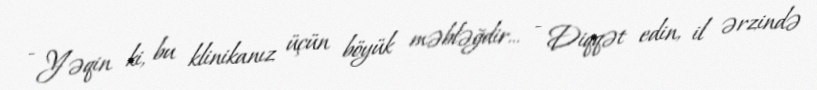
- Yəqin ki, bu klinikanız üçün böyük məbləğdir... - Diqqət edin, il ərzində